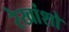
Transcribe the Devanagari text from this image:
रेखांशो